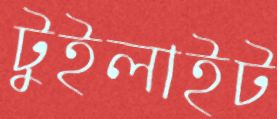
টুইলাইট